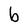
Character: b